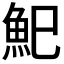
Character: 𩵗